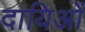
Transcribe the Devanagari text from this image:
दायिओं